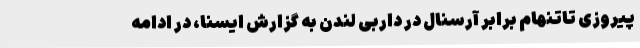
پیروزی تاتنهام برابر آرسنال در داربی لندن به گزارش ایسنا، در ادامه